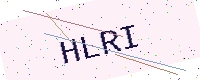
Text: HLRI